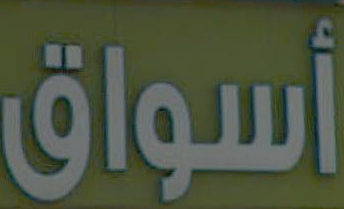
أسواق